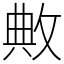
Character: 敟